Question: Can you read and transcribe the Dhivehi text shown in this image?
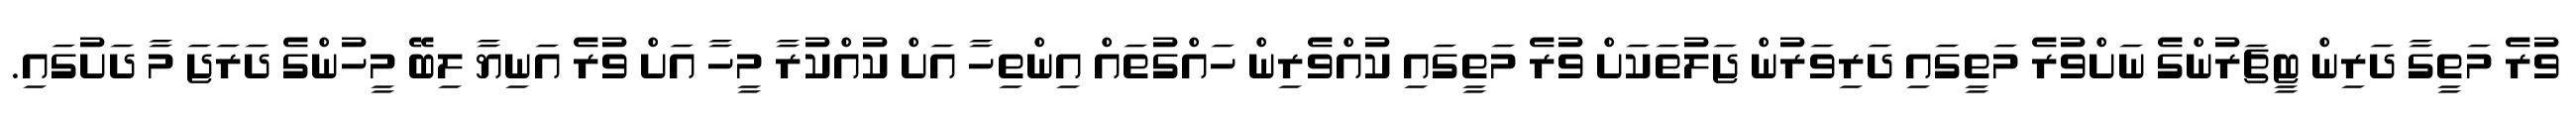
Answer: ވުރެ މަތީގާ ދަރިން ޓީޗަރުންގެ ނަށްވުރެ މަތީގައި ދަރިވަރުން ޖަލުތަކަށް ވުރެ މަތީގައި ކުއްވެރިން ހައްގުތައް އިންތިހާ އަށް ކުއްކުރާ މީހާ އަށް ވުރެ އަނިޔާ ލިބޭ މީހުންގެ ދަރަޖަ މާ ދަށުގައި.